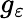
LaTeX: g_{\varepsilon}